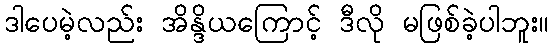
ဒါပေမဲ့လည်း အိန္ဒိယကြောင့် ဒီလို မဖြစ်ခဲ့ပါဘူး။